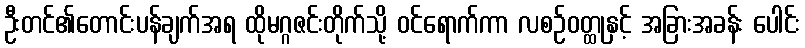
ဦးတင်၏တောင်းပန်ချက်အရ ထိုမဂ္ဂဇင်းတိုက်သို့ ဝင်ရောက်ကာ လစဉ်ဝတ္ထုနှင့် အခြားအခန်း ပေါင်း